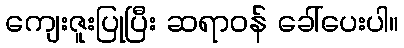
ကျေးဇူးပြုပြီး ဆရာဝန် ခေါ်ပေးပါ။